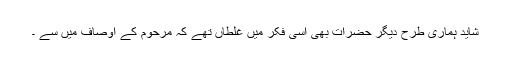
شاید ہماری طرح دیگر حضرات بھی اسی فکر میں غلطاں تھے کہ مرحوم کے اوصاف میں سے ۔